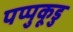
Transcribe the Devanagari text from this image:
पप्पुकूडु